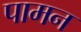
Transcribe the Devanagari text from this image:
पामन